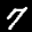
Label: 7